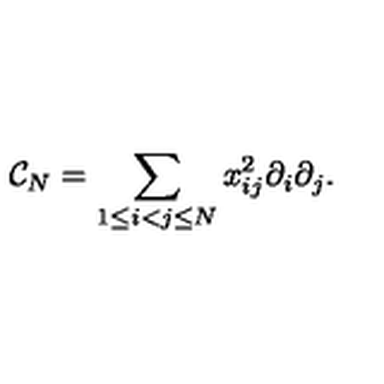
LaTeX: { \cal C } _ { N } = \sum _ { 1 \leq i < j \leq N } x _ { i j } ^ { 2 } \partial _ { i } \partial _ { j } .